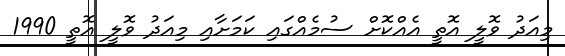
މިއަދު ވޮލީ އޮތީ އެއްކޮށް ސުމެއްގައި ކަމަށާއި މިއަދު ވޮލީ އޮތީ 1990